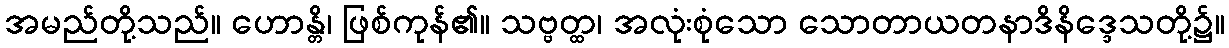
အမည်တို့သည်။ ဟောန္တိ၊ ဖြစ်ကုန်၏။ သဗ္ဗတ္ထ၊ အလုံးစုံသော သောတာယတနာဒိနိဒ္ဒေသတို့၌။